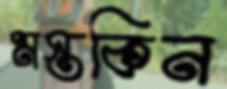
মস্তকিন